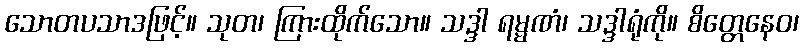
သောတပသာဒဖြင့်။ သုတ၊ ကြားထိုက်သော။ သဒ္ဒါ ရမ္မဏံ၊ သဒ္ဒါရုံကို။ စိတ္တေနေဝ၊